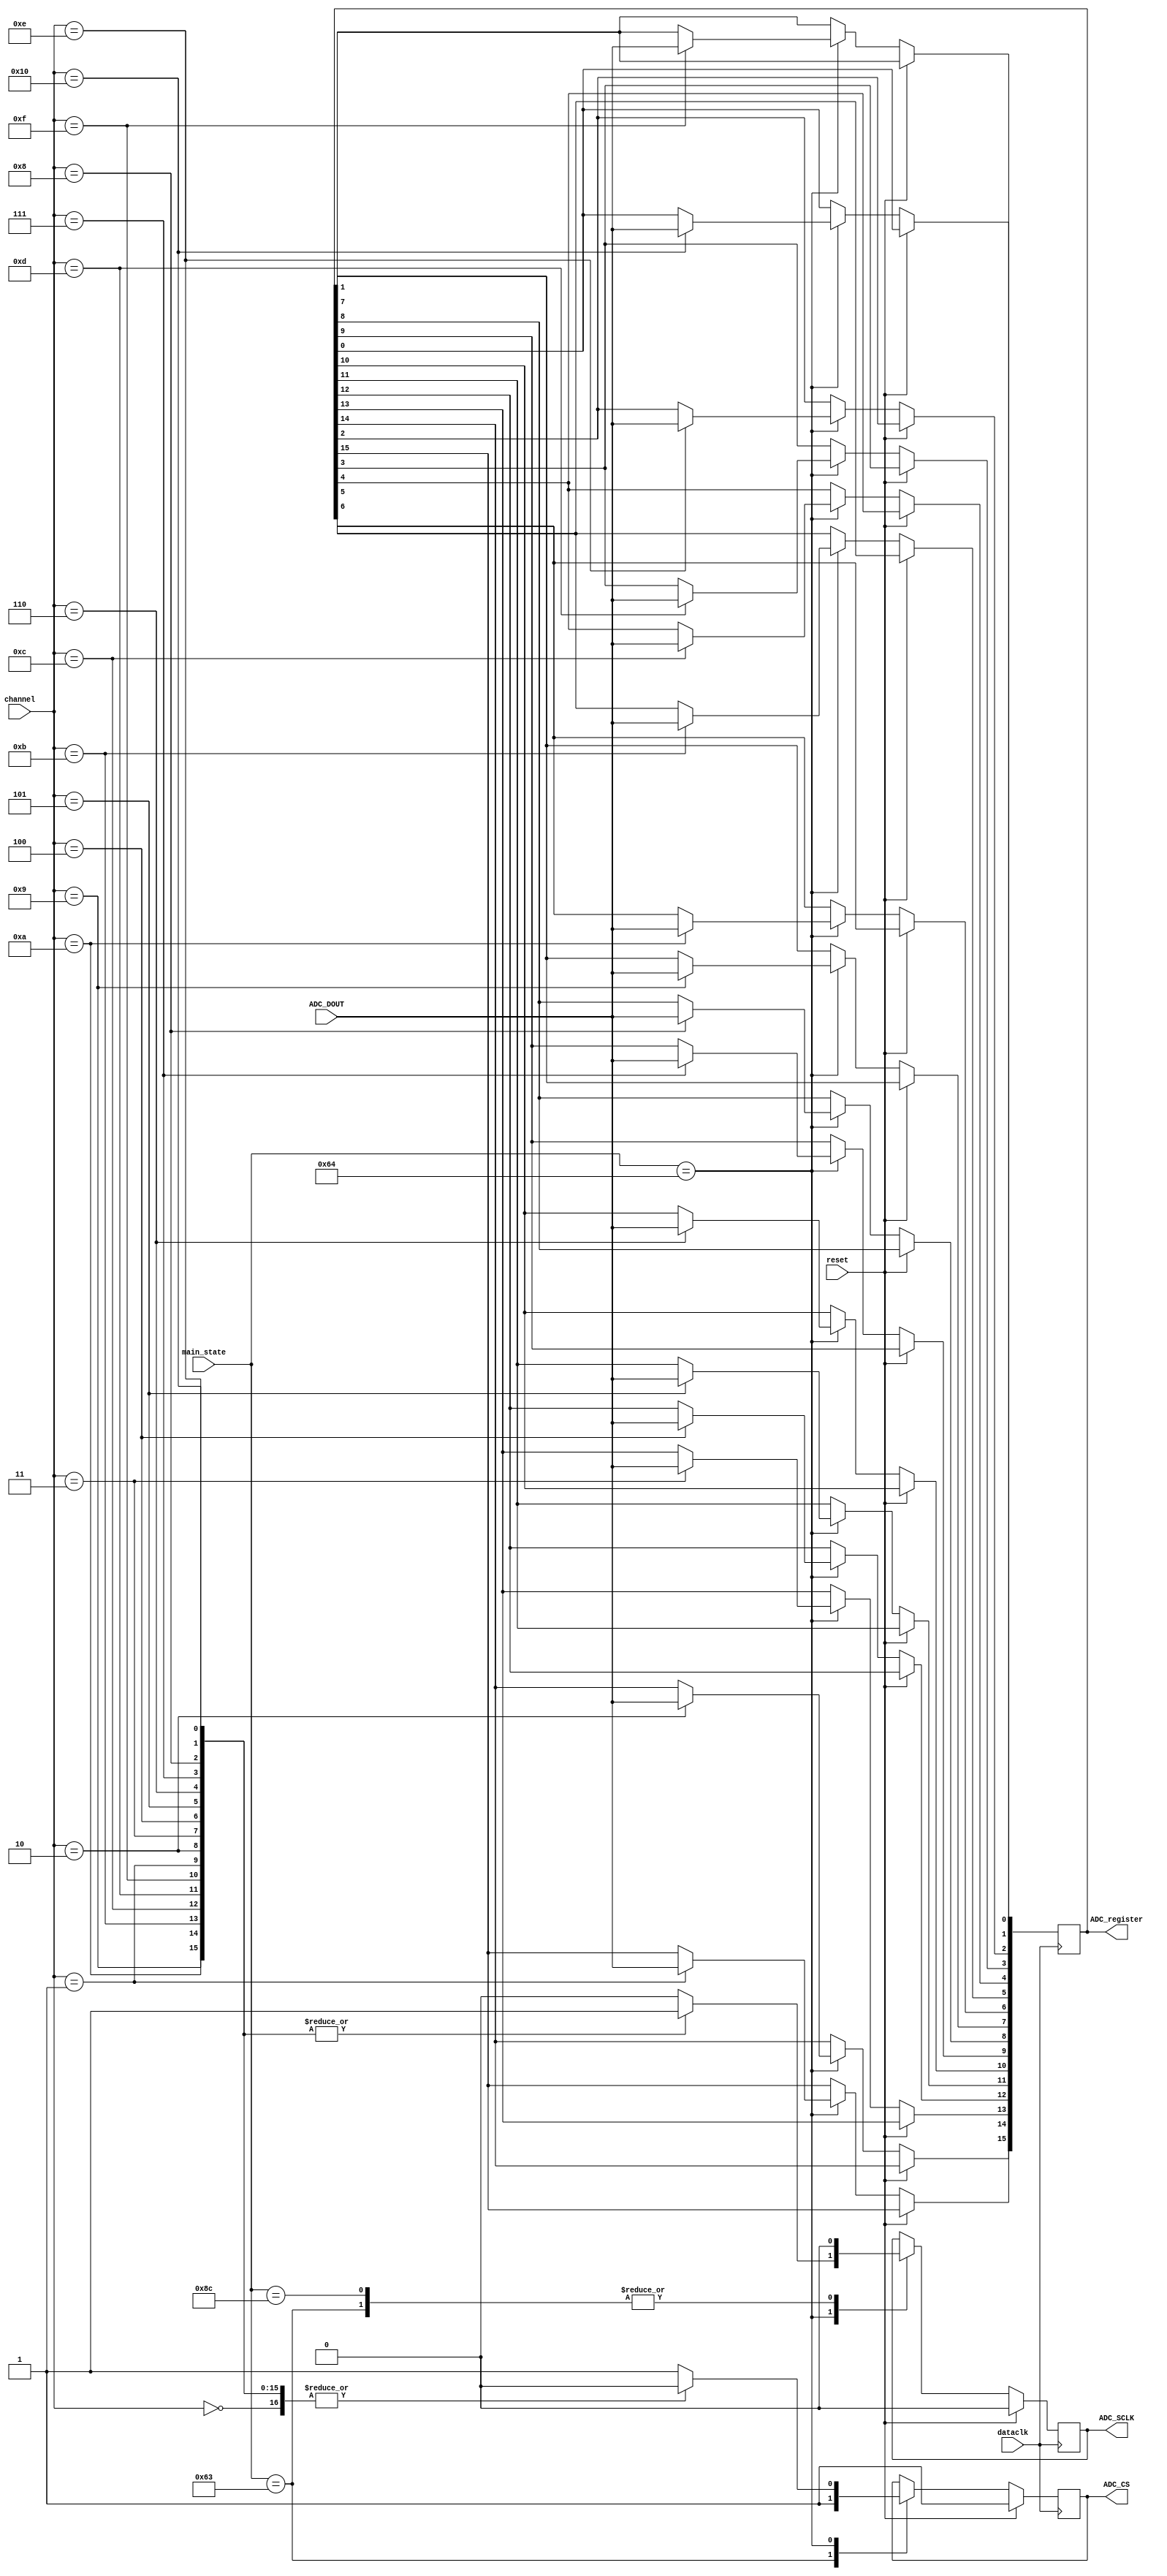
`timescale 1ns / 1ps
//////////////////////////////////////////////////////////////////////////////////
// Company: 		 Intan Technologies, LLC
// 
// Design Name: 	 RHD2000 Rhythm Interface
// Module Name:    ADC_input 
// Project Name:   Opal Kelly FPGA/USB RHD2000 Interface
// Target Devices: 
// Tool versions: 
// Description:    Generates SPI control signals for Analog Devices AD7980 16-bit ADC
//
// Dependencies: 
//
// Revision: 
// Revision 0.01 - File Created
// Additional Comments: 
//
//////////////////////////////////////////////////////////////////////////////////

module ADC_input #(
	parameter ms_wait  	= 99,
   parameter ms_clk1_a 	= 100,
	parameter ms_clk11_a = 140
	)
	(
	input wire			reset,
	input wire			dataclk,
	input wire [31:0]	main_state,
	input wire [5:0]	channel,
	input wire			ADC_DOUT,
	output reg			ADC_CS,
	output reg			ADC_SCLK,
	output reg [15:0]	ADC_register
	);

	// AD7980 16-bit ADC SPI output logic
	// (See Analog Devices AD7980 datasheet for more information.)

	always @(posedge dataclk) begin
		if (reset) begin
			ADC_CS <= 1'b1;
			ADC_SCLK <= 1'b0;
		end else begin
			case (main_state)
			
				ms_wait: begin
					ADC_CS <= 1'b1;
					ADC_SCLK <= 1'b0;
				end
			
				ms_clk1_a: begin
					case (channel)
					
						0: begin
							ADC_CS <= 1'b0;
							ADC_SCLK <= 1'b0;
						end

						1: begin
							ADC_CS <= 1'b0;
							ADC_SCLK <= 1'b1;
							ADC_register[15] <= ADC_DOUT;
						end

						2: begin
							ADC_CS <= 1'b0;
							ADC_SCLK <= 1'b1;
							ADC_register[14] <= ADC_DOUT;
						end

						3: begin
							ADC_CS <= 1'b0;
							ADC_SCLK <= 1'b1;
							ADC_register[13] <= ADC_DOUT;
						end

						4: begin
							ADC_CS <= 1'b0;
							ADC_SCLK <= 1'b1;
							ADC_register[12] <= ADC_DOUT;
						end

						5: begin
							ADC_CS <= 1'b0;
							ADC_SCLK <= 1'b1;
							ADC_register[11] <= ADC_DOUT;
						end

						6: begin
							ADC_CS <= 1'b0;
							ADC_SCLK <= 1'b1;
							ADC_register[10] <= ADC_DOUT;
						end

						7: begin
							ADC_CS <= 1'b0;
							ADC_SCLK <= 1'b1;
							ADC_register[9] <= ADC_DOUT;
						end

						8: begin
							ADC_CS <= 1'b0;
							ADC_SCLK <= 1'b1;
							ADC_register[8] <= ADC_DOUT;
						end

						9: begin
							ADC_CS <= 1'b0;
							ADC_SCLK <= 1'b1;
							ADC_register[7] <= ADC_DOUT;
						end

						10: begin
							ADC_CS <= 1'b0;
							ADC_SCLK <= 1'b1;
							ADC_register[6] <= ADC_DOUT;
						end

						11: begin
							ADC_CS <= 1'b0;
							ADC_SCLK <= 1'b1;
							ADC_register[5] <= ADC_DOUT;
						end

						12: begin
							ADC_CS <= 1'b0;
							ADC_SCLK <= 1'b1;
							ADC_register[4] <= ADC_DOUT;
						end

						13: begin
							ADC_CS <= 1'b0;
							ADC_SCLK <= 1'b1;
							ADC_register[3] <= ADC_DOUT;
						end

						14: begin
							ADC_CS <= 1'b0;
							ADC_SCLK <= 1'b1;
							ADC_register[2] <= ADC_DOUT;
						end

						15: begin
							ADC_CS <= 1'b0;
							ADC_SCLK <= 1'b1;
							ADC_register[1] <= ADC_DOUT;
						end

						16: begin
							ADC_CS <= 1'b0;
							ADC_SCLK <= 1'b1;
							ADC_register[0] <= ADC_DOUT;
						end

						default: begin
							ADC_CS <= 1'b1;
							ADC_SCLK <= 1'b0;
						end
						
					endcase
				end

				ms_clk11_a: begin
					ADC_SCLK <= 1'b0;
				end

			endcase
		end
	end

endmodule